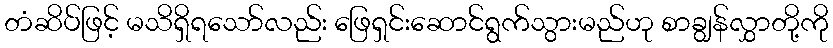
တံဆိပ်ဖြင့် မသိရှိရသော်လည်း ဖြေရှင်းဆောင်ရွက်သွားမည်ဟု စာချွန်လွှာတို့ကို